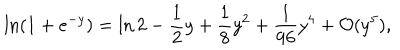
LaTeX: \ln ( 1 + e ^ { - y } ) = \ln 2 - \frac { 1 } { 2 } y + \frac { 1 } { 8 } y ^ { 2 } + \frac { 1 } { 9 6 } y ^ { 4 } + { \cal O } ( y ^ { 5 } ) ,